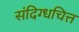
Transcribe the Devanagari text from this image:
संदिग्धचित्त